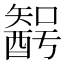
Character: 𨢰